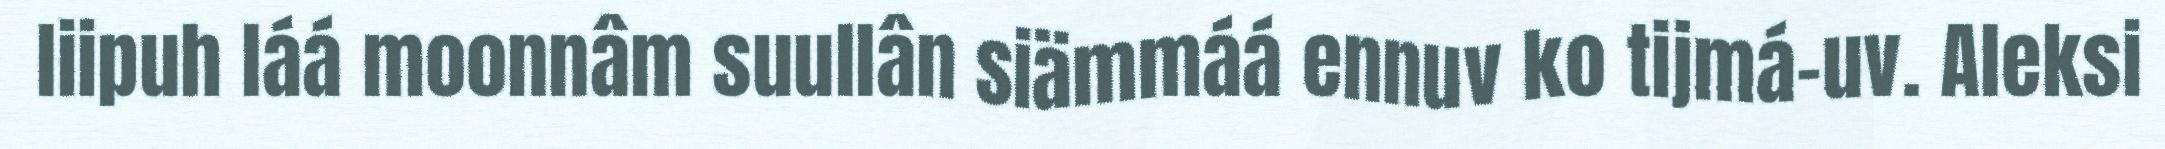
liipuh láá moonnâm suullân siämmáá ennuv ko tijmá-uv. Aleksi